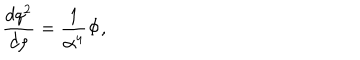
LaTeX: { \frac { d q ^ { 2 } } { d \rho } } = { \frac { 1 } { \alpha ^ { 4 } } } \Phi ,